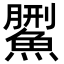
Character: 𩺄